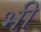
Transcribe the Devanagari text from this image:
भी